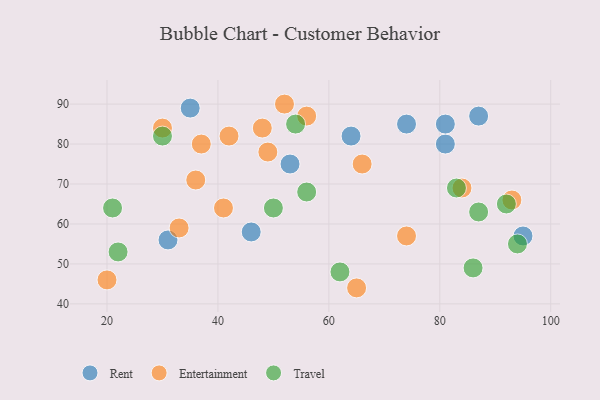
{"axis": {"x": "GDP", "y": "Life Expectancy"}, "legend": ["Entertainment", "Rent", "Travel"], "data": [{"x": "81", "y": 80, "type": "Rent"}, {"x": "35", "y": 89, "type": "Rent"}, {"x": "31", "y": 56, "type": "Rent"}, {"x": "74", "y": 85, "type": "Rent"}, {"x": "87", "y": 87, "type": "Rent"}, {"x": "95", "y": 57, "type": "Rent"}, {"x": "81", "y": 85, "type": "Rent"}, {"x": "64", "y": 82, "type": "Rent"}, {"x": "46", "y": 58, "type": "Rent"}, {"x": "53", "y": 75, "type": "Rent"}, {"x": "33", "y": 59, "type": "Entertainment"}, {"x": "48", "y": 84, "type": "Entertainment"}, {"x": "66", "y": 75, "type": "Entertainment"}, {"x": "41", "y": 64, "type": "Entertainment"}, {"x": "56", "y": 87, "type": "Entertainment"}, {"x": "20", "y": 46, "type": "Entertainment"}, {"x": "36", "y": 71, "type": "Entertainment"}, {"x": "49", "y": 78, "type": "Entertainment"}, {"x": "74", "y": 57, "type": "Entertainment"}, {"x": "30", "y": 84, "type": "Entertainment"}, {"x": "42", "y": 82, "type": "Entertainment"}, {"x": "65", "y": 44, "type": "Entertainment"}, {"x": "52", "y": 90, "type": "Entertainment"}, {"x": "37", "y": 80, "type": "Entertainment"}, {"x": "84", "y": 69, "type": "Entertainment"}, {"x": "93", "y": 66, "type": "Entertainment"}, {"x": "21", "y": 64, "type": "Travel"}, {"x": "56", "y": 68, "type": "Travel"}, {"x": "54", "y": 85, "type": "Travel"}, {"x": "83", "y": 69, "type": "Travel"}, {"x": "30", "y": 82, "type": "Travel"}, {"x": "87", "y": 63, "type": "Travel"}, {"x": "62", "y": 48, "type": "Travel"}, {"x": "94", "y": 55, "type": "Travel"}, {"x": "86", "y": 49, "type": "Travel"}, {"x": "50", "y": 64, "type": "Travel"}, {"x": "22", "y": 53, "type": "Travel"}, {"x": "92", "y": 65, "type": "Travel"}]}